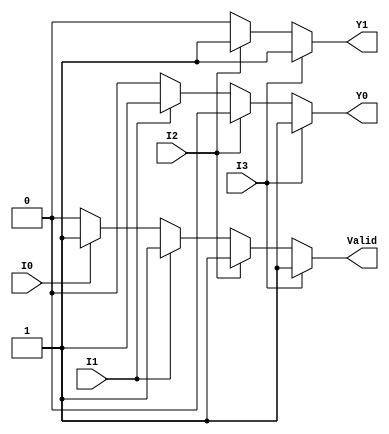
module encoder_4to2 (
    input wire I0,  // Input line 0
    input wire I1,  // Input line 1
    input wire I2,  // Input line 2
    input wire I3,  // Input line 3
    output reg Y1,  // Output line 1
    output reg Y0,  // Output line 0
    output reg Valid // Valid output
);

always @(*) begin
    // Default values
    Y1 = 1'b0;
    Y0 = 1'b0;
    Valid = 1'b0;

    // Priority encoding
    if (I3) begin
        Y1 = 1'b1;
        Y0 = 1'b1;
        Valid = 1'b1;
    end else if (I2) begin
        Y1 = 1'b1;
        Y0 = 1'b0;
        Valid = 1'b1;
    end else if (I1) begin
        Y1 = 1'b0;
        Y0 = 1'b1;
        Valid = 1'b1;
    end else if (I0) begin
        Y1 = 1'b0;
        Y0 = 1'b0;
        Valid = 1'b1;
    end
    // If none of the inputs are active, Y1, Y0, and Valid remain at their default values
end

endmodule